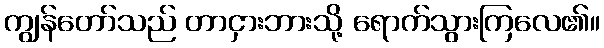
ကျွန်တော်သည် တာငှားဘားသို့ ရောက်သွားကြလေ၏။